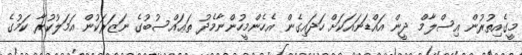
މީގެއިތުރުން އިސްލާމް ދީން އައްޑަނައަކަށް ހަދައިގެން އެހެންމީހުންނާމެދު ތަޢައްސުބުގެ ނަޒަރަކުން އަމަލުކުރާ ކަމުގެ